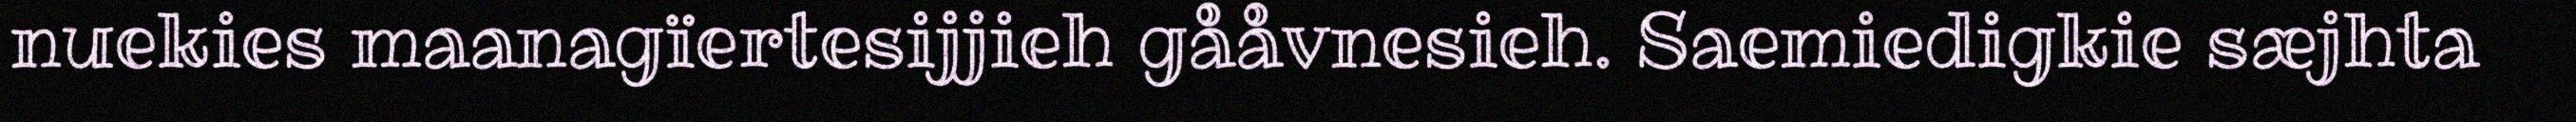
nuekies maanagïertesijjieh gååvnesieh. Saemiedigkie sæjhta